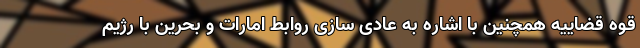
قوه قضاییه همچنین با اشاره به عادی سازی روابط امارات و بحرین با رژیم